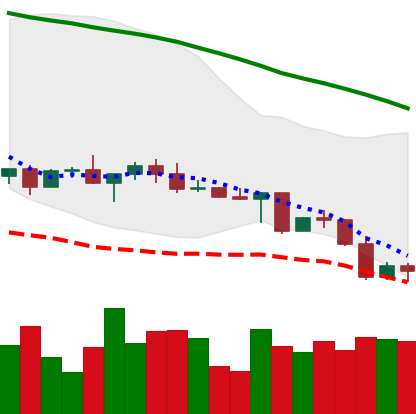
Ticker: LINK-USD
Chart end date: 2022-05-02
Forward return: -8.399%
Label: down_7plus